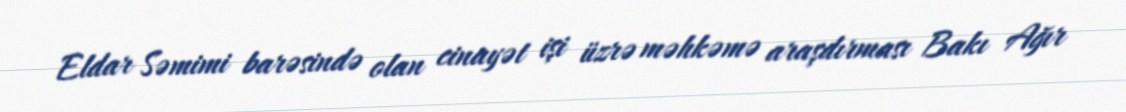
Eldar Səmimi barəsində olan cinayət işi üzrə məhkəmə araşdırması Bakı Ağır